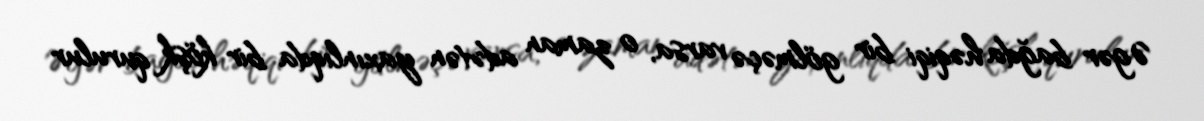
Əgər bağda həqiqi bir gölməçə varsa, o zaman adətən yaxınlıqda bir köşk qurulur